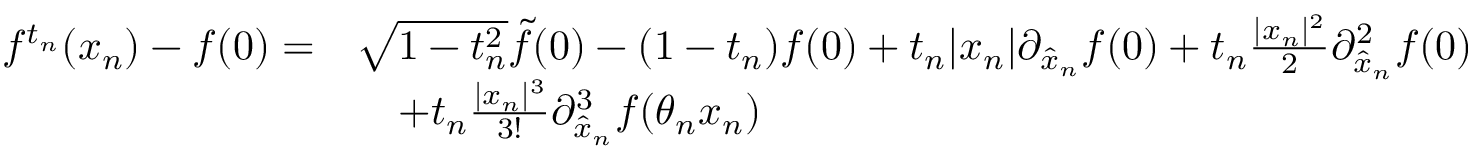
\begin{array} { r l } { f ^ { t _ { n } } ( x _ { n } ) - f ( 0 ) = } & { \sqrt { 1 - t _ { n } ^ { 2 } } \Tilde { f } ( 0 ) - ( 1 - t _ { n } ) f ( 0 ) + t _ { n } \lvert x _ { n } \rvert \partial _ { \hat { x } _ { n } } f ( 0 ) + t _ { n } \frac { \lvert x _ { n } \rvert ^ { 2 } } { 2 } \partial _ { \hat { x } _ { n } } ^ { 2 } f ( 0 ) } \\ & { \quad + t _ { n } \frac { \lvert x _ { n } \rvert ^ { 3 } } { 3 ! } \partial _ { \hat { x } _ { n } } ^ { 3 } f ( \theta _ { n } x _ { n } ) } \end{array}